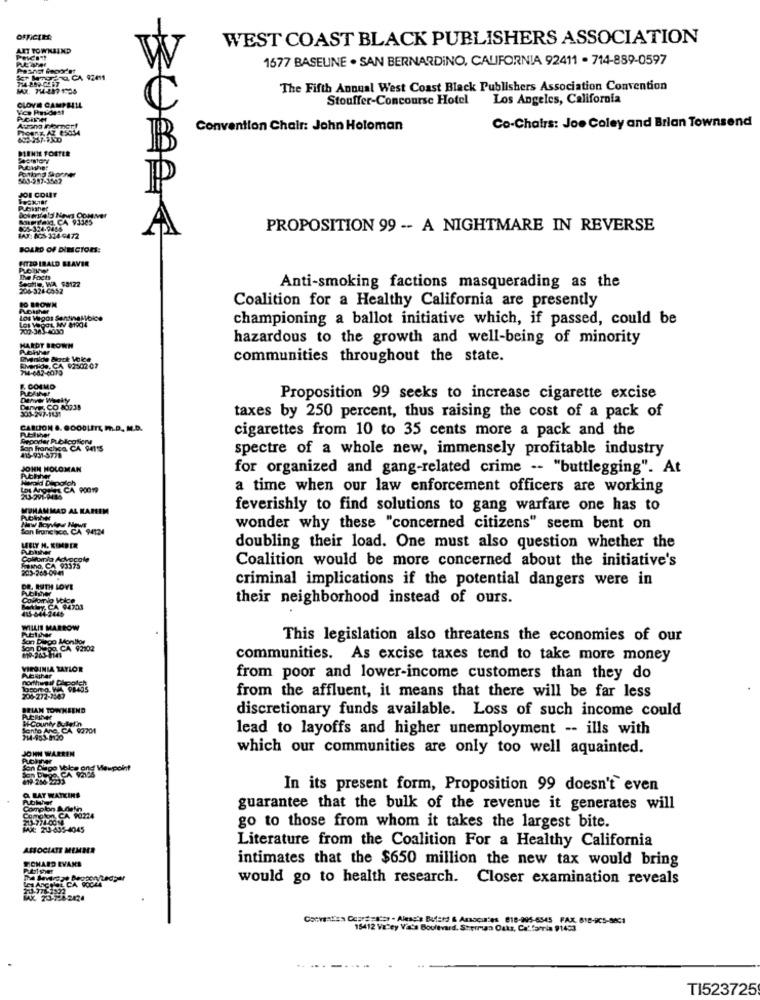
OFFICIE
WEST COAST BLACK PUBLISHERS ASSOCIATION
ART TOWNSIND
AL
1677 BASEUNE . SAN BERNARDINO, CALIFORNIA 92411 - 714-889-0597
Ana, CA 92411
The Fifth Annual West Coast Black Publishers Association Convention
CLOVE CAMPHILL
Stouffer-Concourse Hotel
Los Angeles, California
Co-Chairs: Joe Coley and Brian Townsend
Astana F
Convention Chair: John Holoman
JOI COUT
PROPOSITION 99 -- A NIGHTMARE IN REVERSE
WAT: 00-314-9472
BUARY
BOARD OF DIRECTORS:
ITZO IRALD BEAVER
The Facts
Seattle, WA $8122
206-3244952
Anti-smoking factions masquerading as the
PO BROWN
Coalition for a Healthy California are presently
Poisher
Los Wgos Santnelibice
DI VOCL MV 81904
championing a ballot initiative which, if passed, could be
HARDT BROWN
hazardous to the growth and well-being of minority
Vanilde Nack Vote
communities throughout the state.
EMverlide, CA 92302 07
F. COLMO
Proposition 99 seeks to increase cigarette excise
.CO 80238
taxes by 250 percent, thus raising the cost of a pack of
CARLION &. GOODLITE M.P. M.D.
cigarettes from 10 to 35 cents more a pack and the
Can hanglica, CA 94115
415-931-5778
spectre of a whole new, immensely profitable industry
JOHN MOLOM
AN
for organized and gang-related crime -- "buttlegging". At
Harald Dipoloh
a time when our law enforcement officers are working
MUHAMMAD AL KA
feverishly to find solutions to gang warfare one has to
Son francisco, CA 94124
wonder why these "concerned citizens" seem bent on
MELY H. KIMDIR
doubling their load. One must also question whether the
Colvomia Advocate
FINO, CA 93175
Coalition would be more concerned about the initiative's
criminal implications if the potential dangers were in
DR. RUTH LOVE
Coulomvia Voice
their neighborhood instead of ours.
by, CA 94701
RElgher
MILIS MARROW
Son bulgo Lonllor
This legislation also threatens the economics of our
O CA 92102
communities. As excise taxes tend to take more money
VIRGINIA TAYLOR
Pubkihar
from poor and lower-income customers than they do
from the affluent, it means that there will be far less
BRIAN TOWNEL
discretionary funds available. Loss of such income could
i-County Buletin
Santo Anc. CA. 92701
lead to layoffs and higher unemployment -- ills with
71-953-8120
JOHN WARREN
which our communities are only too well aquainted.
Son Oligo Molee ond Mewpoint
Son DUpo CA 92125
In its present form, Proposition 99 doesn't even
O BAT WATKINS
Comotonn. C
Complon Budefin
guarantee that the bulk of the revenue it generates will
COMO DA CA 90224
MX: 23-635-4045
go to those from whom it takes the largest bite.
Literature from the Coalition For a Healthy California
ASSOCIATE MEMBER
TOHARD EVANS
intimates that the $650 million the new tax would bring
MOL CA
would go to health research. Closer examination reveals
Convat'es Copre -star - Alesgis Butera & Associates 818-805-6545 FAX: 818-905-9831
15412 Va"ey Vala Boulevard, Stermin Outs, Ca.famia 91455
TI523725